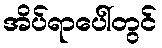
အိပ်ရာပေါ်တွင်